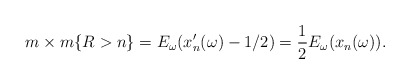
\begin{align*}m\times m\{R > n\} = E_\omega (x_n^\prime(\omega) - 1/2) = \frac{1}{2} E_\omega(x_n(\omega)).\end{align*}